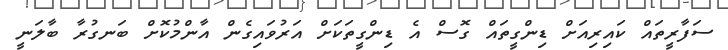
ސަފާރީތައް ކައިރިއަށް ޑިންގީތައް ގޮސް އެ ޑިންގީތަކަށް އަރުވައިގެން އާންމުކޮށް ބަނގުރާ ބާލަނީ